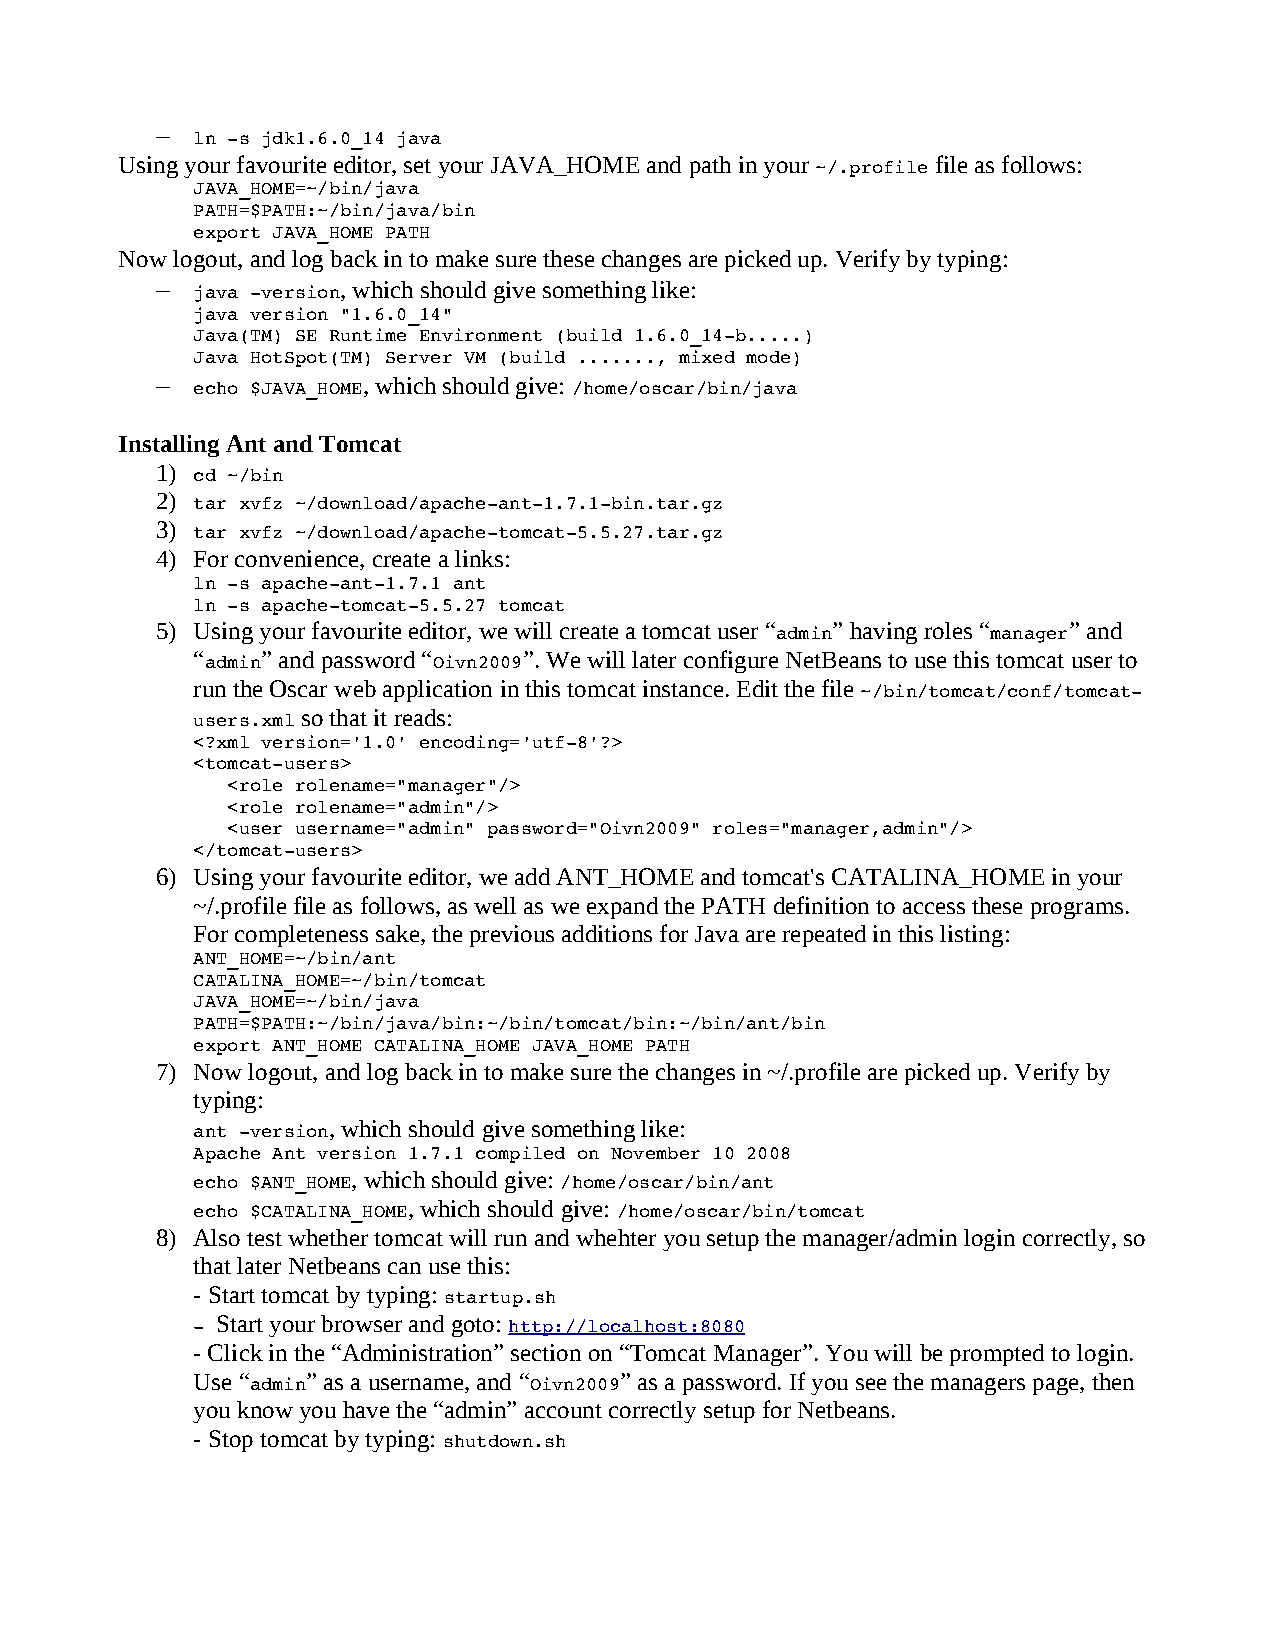
–
 ln ­s jdk1.6.0_14 java
 Using your favourite editor, set your JAVA_HOME and path in your file as follows:
 ~/.profile
 JAVA_HOME=~/bin/java
 PATH=$PATH:~/bin/java/bin
 export JAVA_HOME PATH
 Now logout, and log back in to make sure these changes are picked up. Verify by typing:
 –            , which should give something like:
 java ­version
 java version "1.6.0_14"
 Java(TM) SE Runtime Environment (build 1.6.0_14­b.....)
 Java HotSpot(TM) Server VM (build ......., mixed mode)
 –             , which should give:
 echo $JAVA_HOME          /home/oscar/bin/java
 Installing Ant and Tomcat
 1)
 cd ~/bin
 2)
 tar xvfz ~/download/apache­ant­1.7.1­bin.tar.gz
 3)
 tar xvfz ~/download/apache­tomcat­5.5.27.tar.gz
 4) For convenience, create a links:
 ln ­s apache­ant­1.7.1 ant
 ln ­s apache­tomcat­5.5.27 tomcat
 5) Using your favourite editor, we will create a tomcat user “ ” having roles “ ” and
 admin          manager
 “   ” and password “  ”. We will later configure NetBeans to use this tomcat user to
 admin          Oivn2009
 run the Oscar web application in this tomcat instance. Edit the file
 ~/bin/tomcat/conf/tomcat­
 so that it reads:
 users.xml
 <?xml version='1.0' encoding='utf­8'?>
 <tomcat­users>
 <role rolename="manager"/>
 <role rolename="admin"/>
 <user username="admin" password="Oivn2009" roles="manager,admin"/>
 </tomcat­users>
 6) Using your favourite editor, we add ANT_HOME and tomcat's CATALINA_HOME in your
 ~/.profile file as follows, as well as we expand the PATH definition to access these programs.
 For completeness sake, the previous additions for Java are repeated in this listing:
 ANT_HOME=~/bin/ant
 CATALINA_HOME=~/bin/tomcat
 JAVA_HOME=~/bin/java
 PATH=$PATH:~/bin/java/bin:~/bin/tomcat/bin:~/bin/ant/bin
 export ANT_HOME CATALINA_HOME JAVA_HOME PATH
 7) Now logout, and log back in to make sure the changes in ~/.profile are picked up. Verify by
 typing:
 , which should give something like:
 ant ­version
 Apache Ant version 1.7.1 compiled on November 10 2008
 , which should give:
 echo $ANT_HOME          /home/oscar/bin/ant
 , which should give:
 echo $CATALINA_HOME         /home/oscar/bin/tomcat
 8) Also test whether tomcat will run and whehter you setup the manager/admin login correctly, so
 that later Netbeans can use this:
 - Start tomcat by typing:
 startup.sh
 Start your browser and goto:
 ­                    http://localhost:8080
 - Click in the “Administration” section on “Tomcat Manager”. You will be prompted to login.
 Use “  ” as a username, and “ ” as a password. If you see the managers page, then
 admin             Oivn2009
 you know you have the “admin” account correctly setup for Netbeans.
 - Stop tomcat by typing:
 shutdown.sh